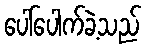
ပေါ်ပေါက်ခဲ့သည်